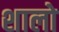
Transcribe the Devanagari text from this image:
शालो